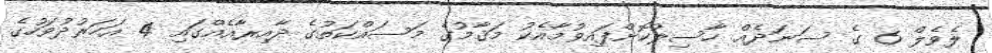
ލެވެލް 6 ގެ ސަނަދެއް ހާސިލުކޮށްފައިވުމާއެކު މަޤާމުގެ މަސައްކަތުގެ ދާއިރާއެއްގައި 4 އަހަރުދުވަހުގެ